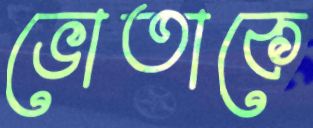
ভোতাকে